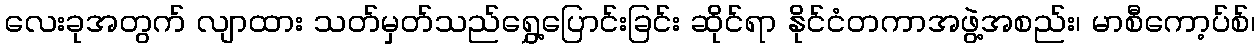
လေးခုအတွက် လျာထား သတ်မှတ်သည်ရွှေ့ပြောင်းခြင်း ဆိုင်ရာ နိုင်ငံတကာအဖွဲ့အစည်း၊ မာစီကော့ပ်စ်၊